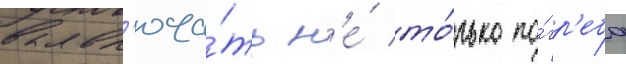
вкл'юча́ть н'е́ то́лько по́гр'еба